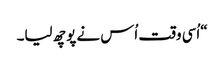
“اُسی وقت اُس نے پوچھ لیا۔